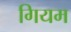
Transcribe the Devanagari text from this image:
गियम